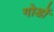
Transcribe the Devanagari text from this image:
गोर्डो